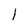
Character: l